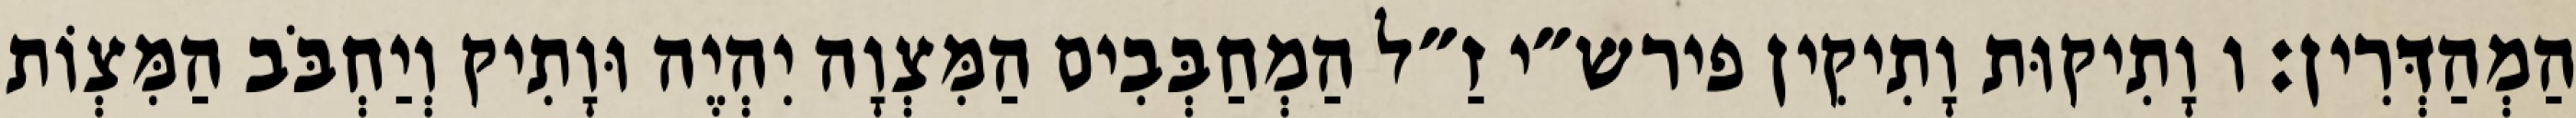
הַמְהַדְּרִין: ו וָתִיקוּת וָתִיקִין פירש״י זַ״ל הַמְחַבְּבִים הַמִּצְוָה יִהְיֶה וּוָתִיק וְיַחְבֹּב הַמִּצְוֹת